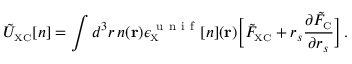
\tilde { U } _ { \scriptscriptstyle \mathrm { X C } } [ n ] = \int d ^ { 3 } r \, n ( { \bf r } ) \epsilon _ { \scriptscriptstyle \mathrm { X } } ^ { \mathrm { ~ u ~ n ~ i ~ f ~ } } [ n ] ( { \bf r } ) \bigg [ \tilde { F } _ { \scriptscriptstyle \mathrm { X C } } + r _ { s } \frac { \partial \tilde { F } _ { \scriptscriptstyle \mathrm { C } } } { \partial r _ { s } } \bigg ] \, .